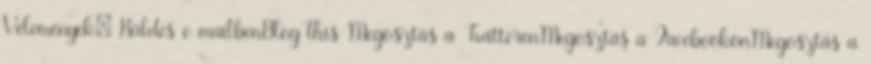
Vélemények: Küldés e-mailbenBlogThis Megosztás a TwitterenMegosztás a FacebookonMegosztás a